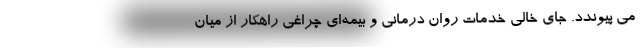
می پیوندد. جای خالی خدمات روان درمانی و بیمه‌ای چراغی راهکارِ از میان